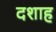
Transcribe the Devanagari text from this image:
दशाह